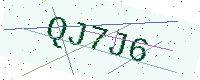
Text: QJ7J6